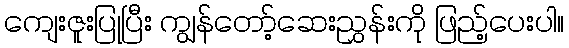
ကျေးဇူးပြုပြီး ကျွန်တော့်ဆေးညွှန်းကို ဖြည့်ပေးပါ။